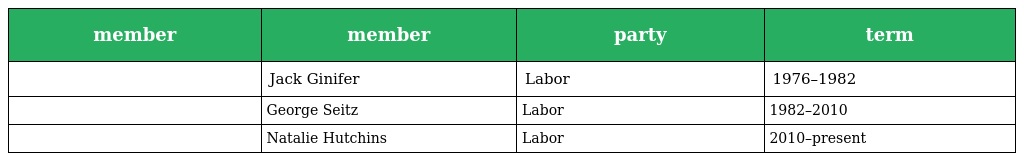
| member | member | party | term |
 | --- | --- | --- | --- |
 |  | Jack Ginifer | Labor | 1976–1982 |
 |  | George Seitz | Labor | 1982–2010 |
 |  | Natalie Hutchins | Labor | 2010–present |